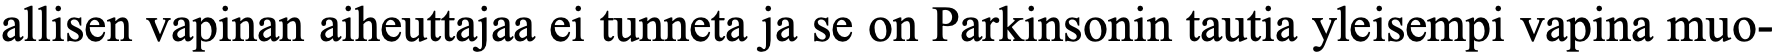
allisen vapinan aiheuttajaa ei tunneta ja se on Parkinsonin tautia yleisempi vapina muo-